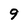
Character: 9